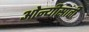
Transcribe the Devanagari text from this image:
ओन्यीसांती